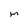
Character: m